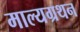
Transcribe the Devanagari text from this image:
माल्यग्रथन